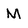
Character: M